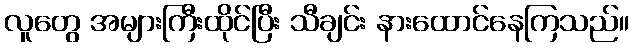
လူတွေ အများကြီးထိုင်ပြီး သီချင်း နားထောင်နေကြသည်။